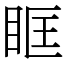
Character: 眶